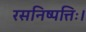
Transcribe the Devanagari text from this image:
रसनिष्पत्तिः।